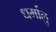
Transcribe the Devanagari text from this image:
धर्मालु